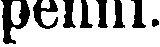
penni.